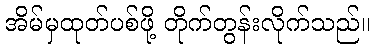
အိမ်မှထုတ်ပစ်ဖို့ တိုက်တွန်းလိုက်သည်။